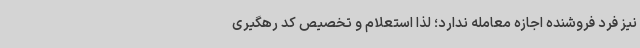
نیز فرد فروشنده اجازه معامله ندارد؛ لذا استعلام و تخصیص کد رهگیری